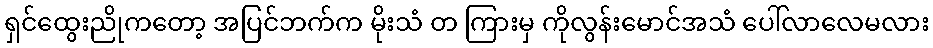
ရှင်ထွေးညိုကတော့ အပြင်ဘက်က မိုးသံ တ ကြားမှ ကိုလွန်းမောင်အသံ ပေါ်လာလေမလား